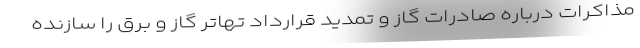
مذاکرات درباره صادرات گاز و تمدید قرارداد تهاتر گاز و برق را سازنده